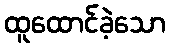
ထူထောင်ခဲ့သော